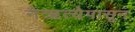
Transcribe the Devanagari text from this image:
नैऋत्येपासून